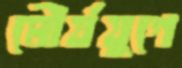
মৌর্যযুগে